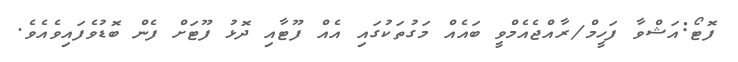
ފޮޓޯ:އަޝްވާ ފަހީމް/ރާއްޖެއެމްވީ ބައެއް މަގުތަކުގައި އެއް ފޫޓާއި ދޮޅު ފޫޓަށް ފެން ބޮޑުވެފައިވެއެވެ.